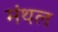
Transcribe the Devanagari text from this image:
मंथल